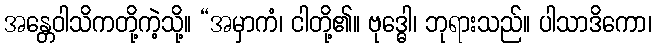
အန္တေဝါသိကတို့ကဲ့သို့။ “အမှာကံ၊ ငါတို့၏။ ဗုဒ္ဓေါ၊ ဘုရားသည်။ ပါသာဒိကော၊